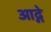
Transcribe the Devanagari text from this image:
आद्गे